Scottish Leaving Certificate Examination, 1958
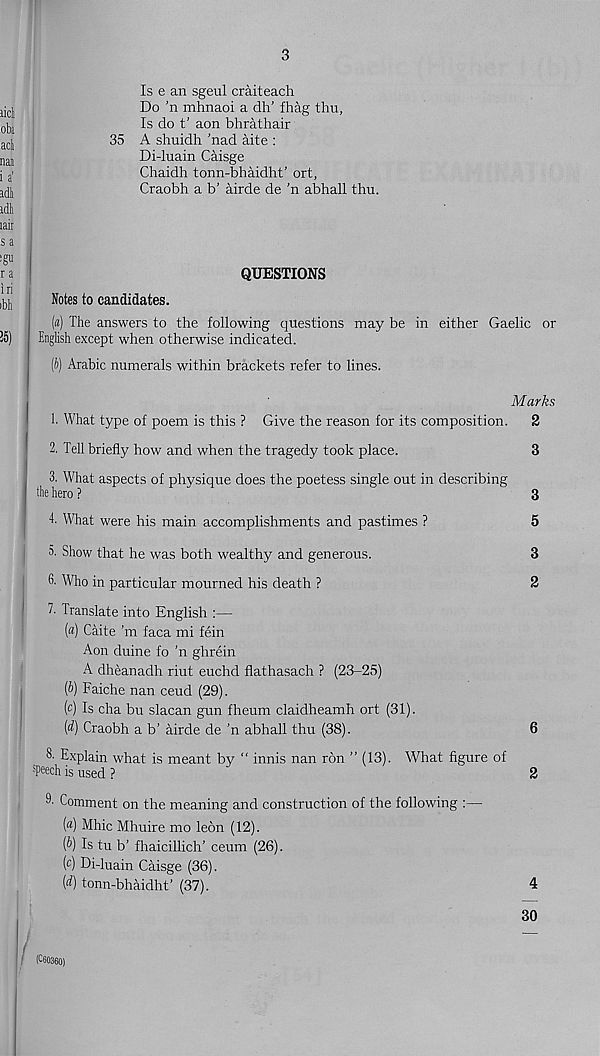
3
Is e an sgeul craiteach
Do ’n mhnaoi a dh’ fhag thu,
Is do t' aon bhrathair
35 A shuidh 'nad aite :
Di-luain Caisge
Chaidh tonn-bhaidht' ort,
Craobh a b’ airde de ’n abhall thu.
Marks
2
QUESTIONS
Notes to candidates.
(a) The answers to the following questions may be in either Gaelic or
English except when otherwise indicated.
(J) Arabic numerals within brackets refer to lines.
1. What type of poem is this ? Give the reason for its composition.
2. Tell briefly how and when the tragedy took place.
3. What aspects of physique does the poetess single out in describing
the hero ?
4. What were his main accomplishments and pastimes ?
5. Show that he was both wealthy and generous.
6- Who in particular mourned his death ?
7. Translate into English :—
(«) Caite ’m faca mi fein
Aon duine fo ’n ghrein
A dheanadh riut euchd flathasach ? (23-25)
(b) Faiche nan ceud (29).
(c) Is cha bu slacan gun fheum claidheamh ort (31).
(d) Craobh a b’ airde de ’n abhall thu (38).
3. Explain what is meant by “ innis nan ron ” (13). What figure of
speech is used ?
3' Comment on the meaning and construction of the following :—
(«) Mhic Mhuire mo lebn (12).
(b) Is tu b’ fhaicillich’ ceum (26).
(c) Di-luain Caisge (36).
(d) tonn-bhaidht’ (37).
3
2
4
30